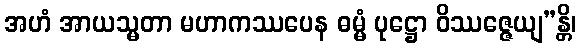
အဟံ အာယသ္မတာ မဟာကဿပေန ဓမ္မံ ပုဋ္ဌော ဝိဿဇ္ဇေယျ”န္တိ၊